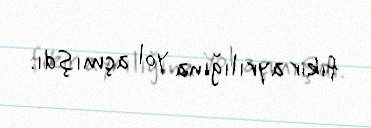
fikir ayrılığına yol açmışdı.